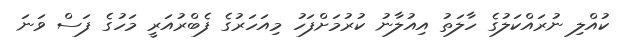
ކުއްލި ނުރައްކަލުގެ ހާލަތު އިއުލާނު ކުރުމަށްފަހު މިއަހަރުގެ ފެބްރުއަރީ މަހުގެ ފަސް ވަނަ